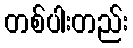
တစ်ပါးတည်း